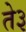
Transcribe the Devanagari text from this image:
ते३